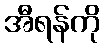
အီရန်ကို